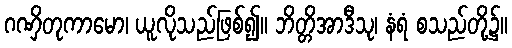
ဂဏှိတုကာမော၊ ယူလိုသည်ဖြစ်၍။ ဘိတ္တိအာဒီသု၊ နံရံ စသည်တို့၌။